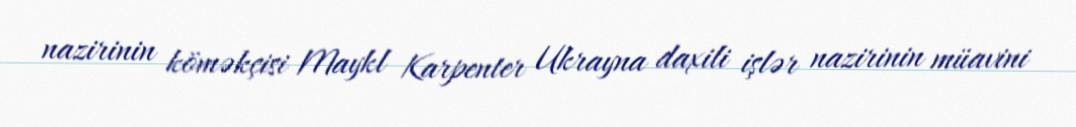
nazirinin köməkçisi Maykl Karpenter Ukrayna daxili işlər nazirinin müavini